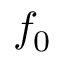
f _ { 0 }